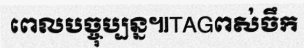
ពេលបច្ចុប្បន្ន៕TAGពស់ចឹក